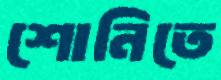
শোনিতে